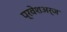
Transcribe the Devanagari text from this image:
प्रवेशअर्ज